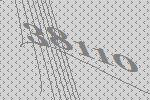
38110